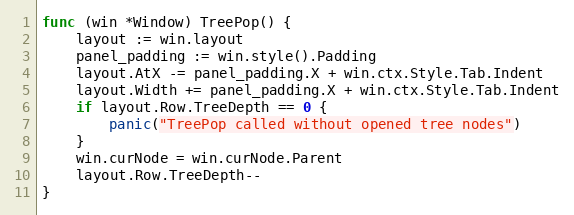
Language: Go
func (win *Window) TreePop() {
	layout := win.layout
	panel_padding := win.style().Padding
	layout.AtX -= panel_padding.X + win.ctx.Style.Tab.Indent
	layout.Width += panel_padding.X + win.ctx.Style.Tab.Indent
	if layout.Row.TreeDepth == 0 {
		panic("TreePop called without opened tree nodes")
	}
	win.curNode = win.curNode.Parent
	layout.Row.TreeDepth--
}